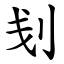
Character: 刬